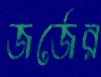
জর্জের